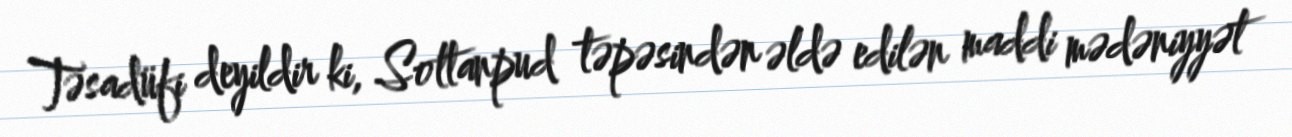
Təsadüfi deyildir ki, Soltanpud təpəsindən əldə edilən maddi mədəniyyət